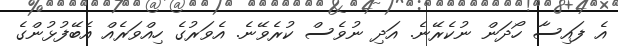
އެ ފައިސާ ހޯދަން ނުކެރޭނެ. އަދި ނުވެސް ކުރެވޭނެ. އެވަރުގެ ހިއްވަރެއް އެބޭފުޅުންގެ